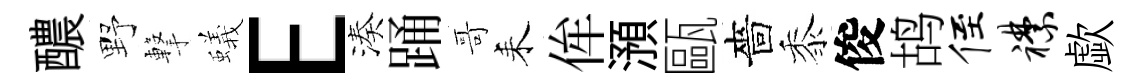
醲野撃蟻E湊踊哥耒侔澦甌嗇黍俊鸪侄襟歔